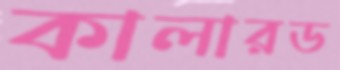
কালারড